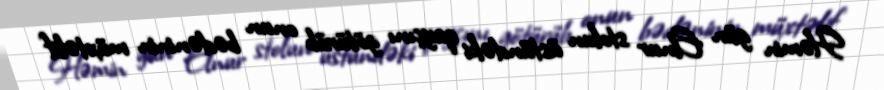
Həmin gün Elnur stolun üstündəki qayçını götürüb onun bədəninin müxtəlif